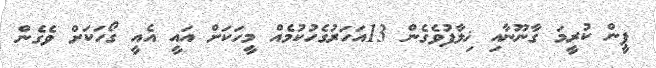
ޕީން ކުރީމަ ގާނޫނާއި ޚިލާފުވެގެން 13އަހަރުގެހުކުމެއް މީހަކަށް އައީ އެއީ ގޯހަކަށް ވެގެން